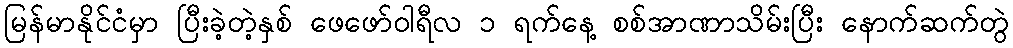
မြန်မာနိုင်ငံမှာ ပြီးခဲ့တဲ့နှစ် ဖေဖော်ဝါရီလ ၁ ရက်နေ့ စစ်အာဏာသိမ်းပြီး နောက်ဆက်တွဲ